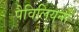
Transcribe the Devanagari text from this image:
पैविलियनों